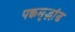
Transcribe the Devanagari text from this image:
पक्वमृद्भांड